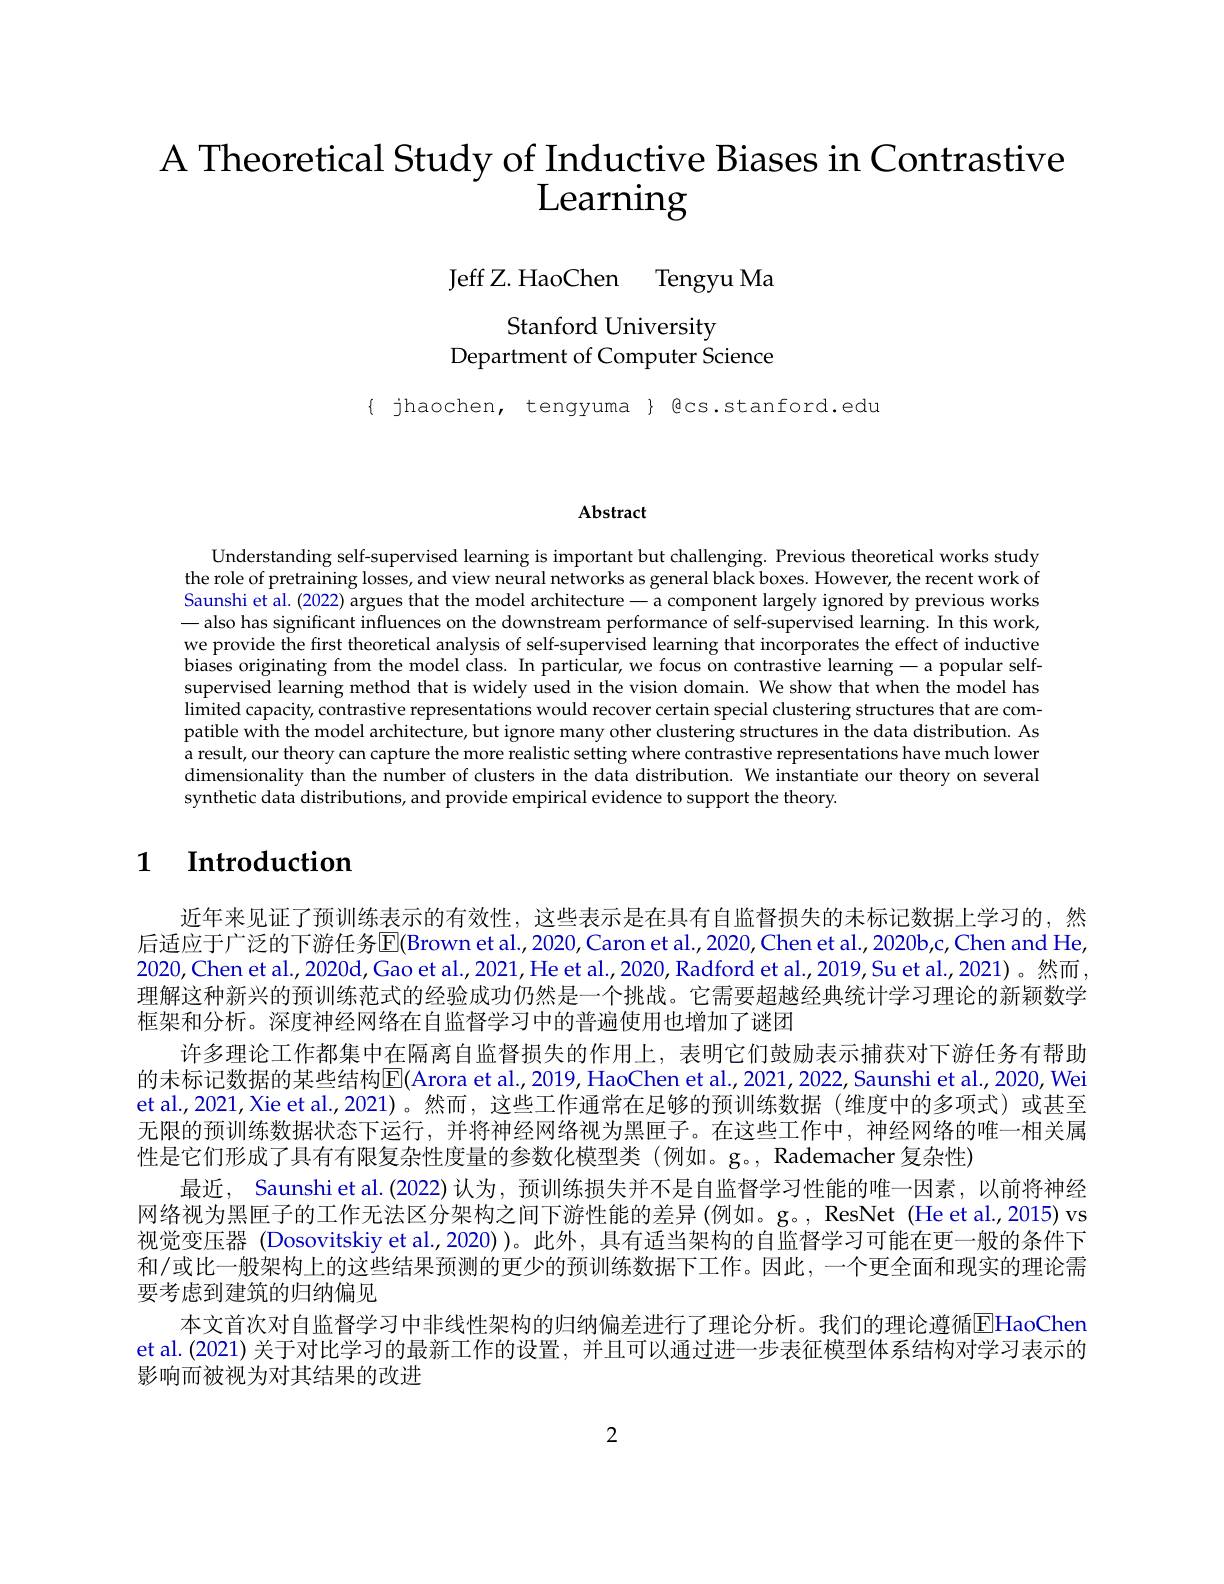
# A Theoretical Study of Inductive Biases in Contrastive $\operatorname{Learning}$

Jeff Z. HaoChen Tengyu Ma

Stanford University
Department of Computer Science

$\{$ jhaochen, tengyuma $\}$ Bcs.stanford.edu

Abstract

Understanding self-supervised learning is important but challenging. Previous theoretical works study the role of pretraining losses, and view neural networks as general black boxes. However, the recent work of Saunshi et al. (2022) argues that the model architecture - a component largely ignored by previous works — also has significant influences on the downstream performance of self-supervised learning. In this work, we provide the first theoretical analysis of self-supervised learning that incorporates the effect of inductive biases originating from the model class. In particular, we focus on contrastive learning - a popular selfsupervised learning method that is widely used in the vision domain. We show that when the model has limited capacity, contrastive representations would recover certain special clustering structures that are compatible with the model architecture, but ignore many other clustering structures in the data distribution. As a result, our theory can capture the more realistic setting where contrastive representations have much lowen dimensionality than the number of clusters in the data distribution. We instantiate our theory on several synthetic data distributions, and provide empirical evidence to support the theory.

# 1 $\textbf{Introduction}$

近年来见证了预训练表示的有效性，这些表示是在具有自监督损失的未标记数据上学习的，然后适应于广泛的下游任务$\overline{\mathrm{E}}($Brown et al.,2020,Caron et al.,2020,Chen et al.,2020b,c,Chen and He, 2020,Chen et al.,2020d,Gao et al., 2021, He et al., 2020, Radford et al., 2019, Su et al., 2021)。然而， 理解这种新兴的预训练范式的经验成功仍然是一个挑战。它需要超越经典统计学习理论的新颖数学框架和分析。深度神经网络在自监督学习中的普遍使用也增加了谜团
许多理论工作都集中在隔离自监督损失的作用上，表明它们鼓励表示捕获对下游任务有帮助的未标记数据的某些结构E|(Arora et al., 2019, HaoChen et al., 2021, 2022, Saunshi et al., 2020, Wei et al.,2021,Xie et al.,2021)。然而，这些工作通常在足够的预训练数据(维度中的多项式)或甚至无限的预训练数据状态下运行，并将神经网络视为黑匣子。在这些工作中，神经网络的唯一相关属性是它们形成了具有有限复杂性度量的参数化模型类(例如。g。,Rademacher 复杂性)
最近，Saunshi et al.(2022) 认为，预训练损失并不是自监督学习性能的唯一因素，以前将神经网络视为黑匣子的工作无法区分架构之间下游性能的差异 (例如。g。, ResNet (He et al., 2015) vs 视觉变压器 (Dosovitskiy et al.,2020))。此外，具有适当架构的自监督学习可能在更一般的条件下和/或比一般架构上的这些结果预测的更少的预训练数据下工作。因此，一个更全面和现实的理论需要考虑到建筑的归纳偏见
本文首次对自监督学习中非线性架构的归纳偏差进行了理论分析。我们的理论遵循[E]HaoChen et al. (2021) 关于对比学习的最新工作的设置，并且可以通过进一步表征模型体系结构对学习表示的影响而被视为对其结果的改进

2